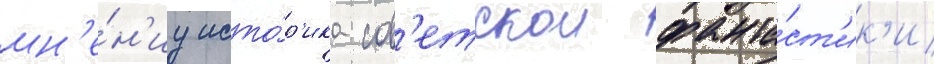
мн'е́н'иу исто́р'ика сов'етскои фанта́ст'ик'и